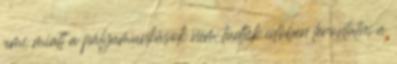
ami miatt a pályamunkások nem tudták időben levontatni a